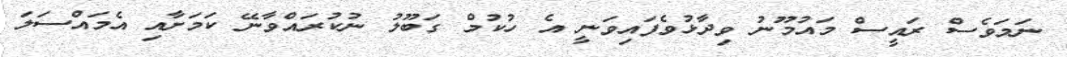
ނަމަވެސް ރައީސް މައުމޫނު ވިދާޅުވެފައިވަނީ އެ ހުކުމް ގަބޫލު ނުކުރައްވާނޭ ކަމަށާއި އެމައްސަލަ